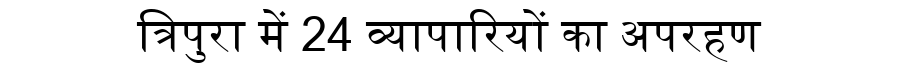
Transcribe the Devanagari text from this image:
त्रिपुरा में 24 व्यापारियों का अपरहण